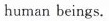
human beings.